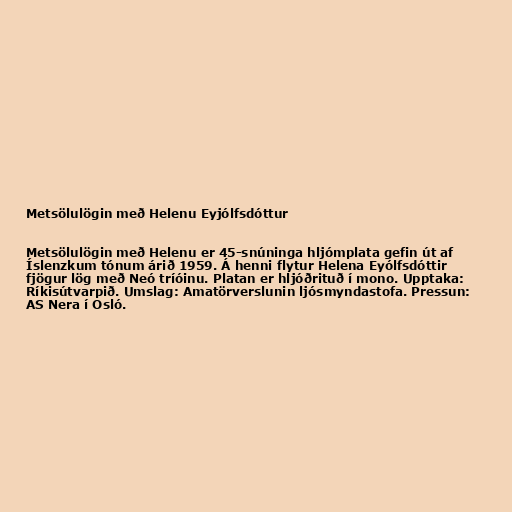
Metsölulögin með Helenu Eyjólfsdóttur

Metsölulögin með Helenu er 45-snúninga hljómplata gefin út af
Íslenzkum tónum árið 1959. Á henni flytur Helena Eyólfsdóttir
fjögur lög með Neó tríóinu. Platan er hljóðrituð í mono. Upptaka:
Ríkisútvarpið. Umslag: Amatörverslunin ljósmyndastofa. Pressun:
AS Nera í Osló.